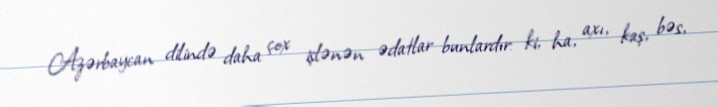
Azərbaycan dilində daha çox işlənən ədatlar bunlardır: ki, ha, axı, kaş, bəs,